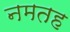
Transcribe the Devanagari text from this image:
नमतह